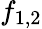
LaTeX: f_{1,2}